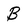
Character: B